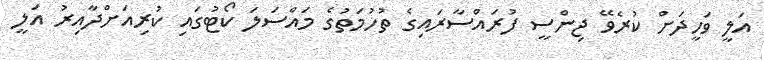
އަލީ ވަހީދަށް ކުރެވޭ ޖިންސީ ފުރައްސާރައިގެ ތުހުމަތުގެ މައްސަލަ ކޯޓުގައި ކުރިއަށްދާއިރު އަލީ